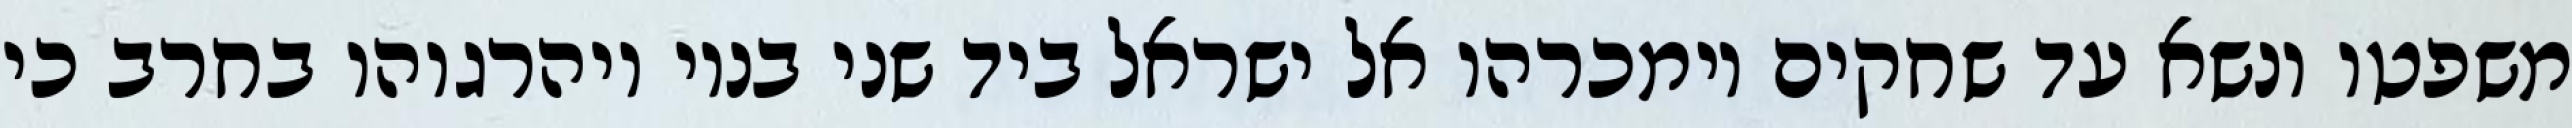
משפטו ונשא עד שחקים וימכרהו אל ישראל ביד שני בניו ויהרגוהו בחרב כי